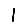
Digit: 1